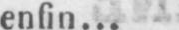
enfin...